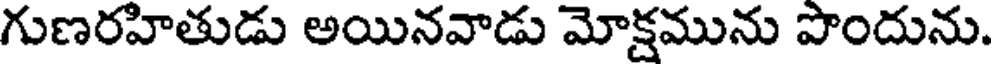
గుణరహితుడు అయినవాడు మోక్షమును పొందును.